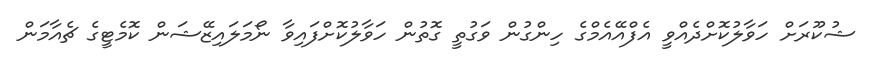
ޝުކޫރަށް ހަވާލުކޮށްދެއްވީ އެފްއޭއެމްގެ ހިންގުން ވަގުތީ ގޮތުން ހަވާލުކޮށްފައިވާ ނޯމަލައިޒޭޝަން ކޮމެޓީގެ ޗެއާމަން